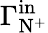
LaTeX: \Gamma_{\mathrm{N^{+}}}^{\mathrm{in}}